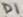
Text: D1